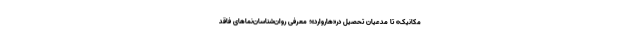
مکانیک» تا مدعیان تحصیل در«هاروارد»؛ معرفی روان‌شناسان‌نماهای فاقد